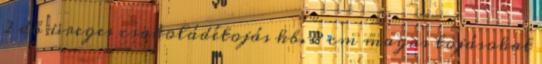
2 db üreges csokoládétojás kb. 8 cm magas tojásokat